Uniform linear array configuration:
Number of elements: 24
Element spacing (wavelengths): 1
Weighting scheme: exponential
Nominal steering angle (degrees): -30
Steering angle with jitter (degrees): -30.692
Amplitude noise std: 0.05
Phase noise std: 0.05

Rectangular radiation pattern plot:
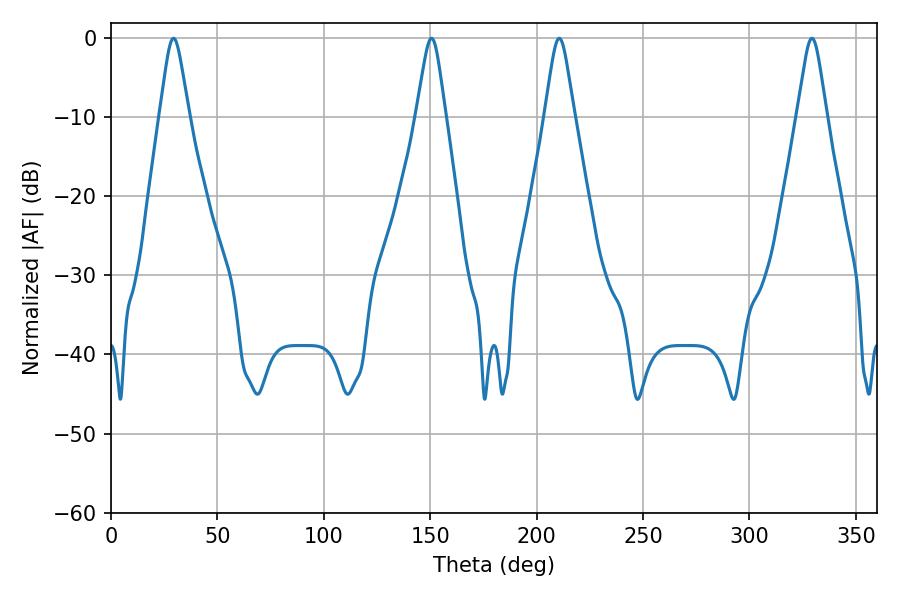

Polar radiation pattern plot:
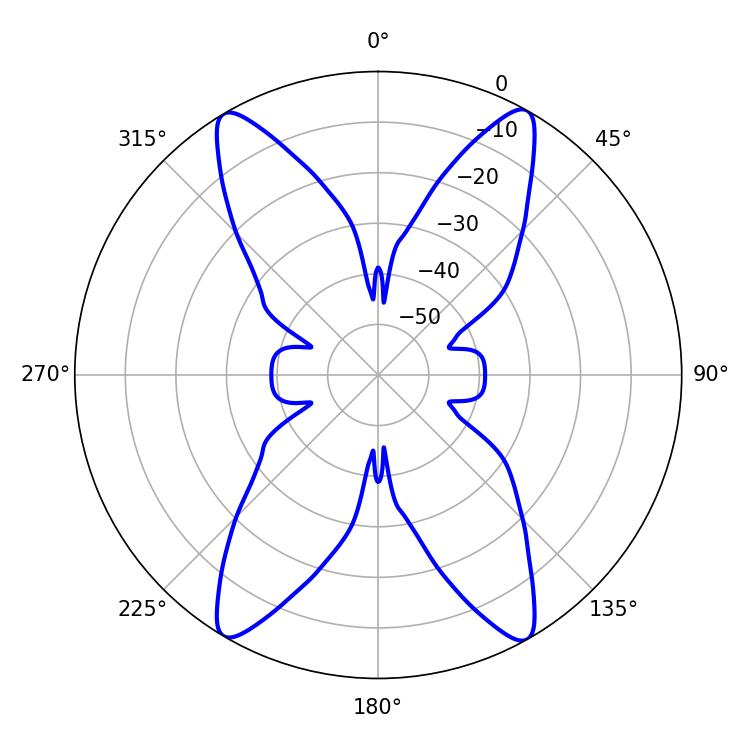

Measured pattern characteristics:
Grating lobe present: TRUE
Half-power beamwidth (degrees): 6.66
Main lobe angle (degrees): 210.6